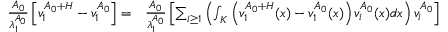
\begin{array} { r l } { \frac { A _ { 0 } } { \lambda _ { 1 } ^ { A _ { 0 } } } \left[ v _ { 1 } ^ { A _ { 0 } + H } - v _ { 1 } ^ { A _ { 0 } } \right] = } & { \frac { A _ { 0 } } { \lambda _ { 1 } ^ { A _ { 0 } } } \left[ \sum _ { i \ge 1 } \left( \int _ { K } \left( v _ { 1 } ^ { A _ { 0 } + H } ( x ) - v _ { 1 } ^ { A _ { 0 } } ( x ) \right) v _ { i } ^ { A _ { 0 } } ( x ) d x \right) v _ { i } ^ { A _ { 0 } } \right] } \end{array}